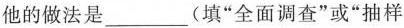
他的做法是___(填”全面调查”或”抽样